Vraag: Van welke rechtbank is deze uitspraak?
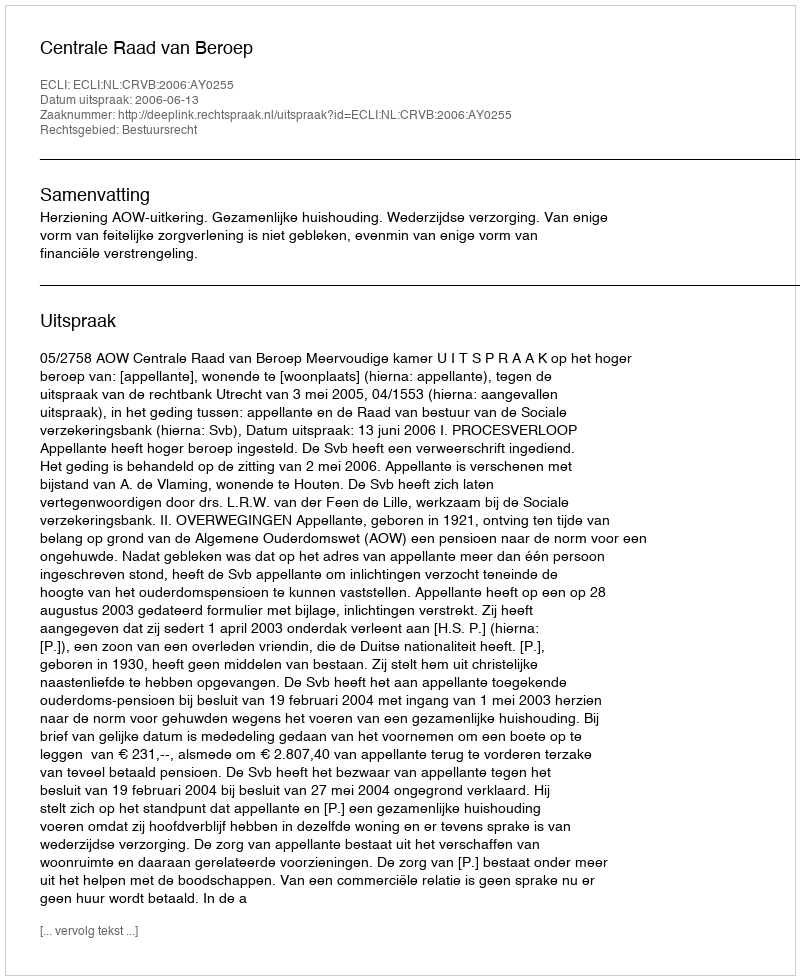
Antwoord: Centrale Raad van Beroep